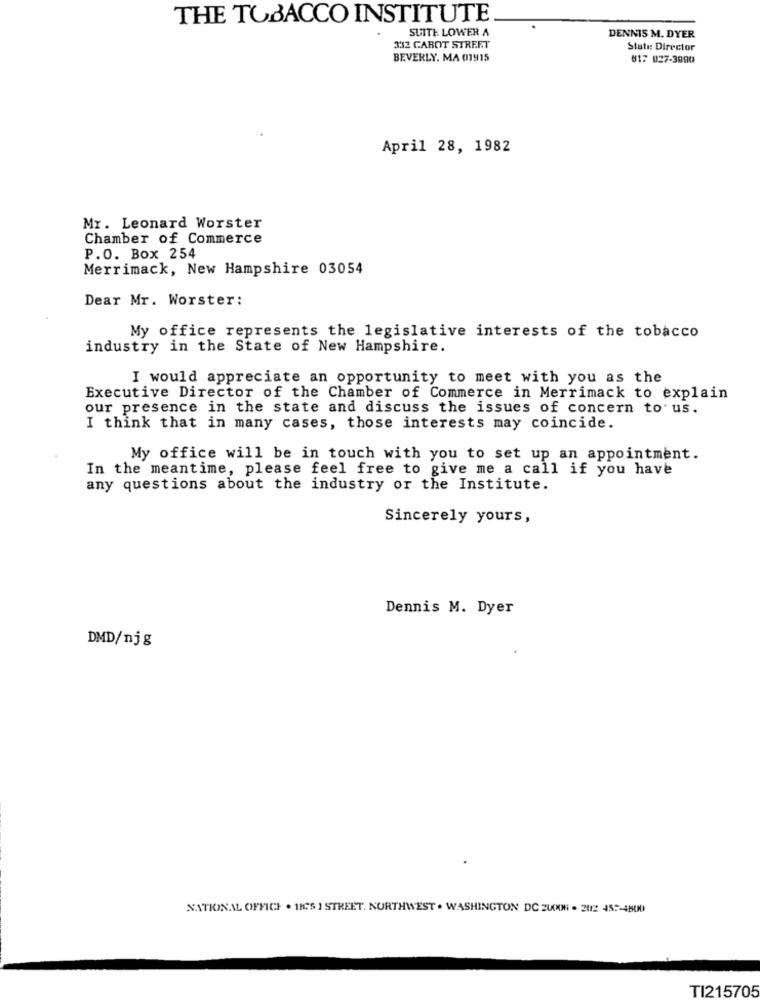
THE TOBACCO INSTITUTE
SUITE LOWER A
DENNIS M. DYER
332 CABOT STREET
State: Director
BEVERLY. MA 01915
017 027-3000
April 28, 1982
Mr. Leonard Worster
Chamber of Commerce
P.O. Box 254
Merrimack, New Hampshire 03054
Dear Mr. Worster:
My office represents the legislative interests of the tobacco
industry in the State of New Hampshire.
I would appreciate an opportunity to meet with you as the
Executive Director of the Chamber of Commerce in Merrimack to explain
our presence in the state and discuss the issues of concern tous.
I think that in many cases, those interests may coincide.
My office will be in touch with you to set up an appointment.
In the meantime, please feel free to give me a call if you have
any questions about the industry or the Institute.
Sincerely yours,
Dennis M. Dyer
DMD/njg
NATIONAL OFFICE . HIS I STREET. NORTHWEST . WASHINGTON DC ZU008 . 2012 452-4800
TI215705